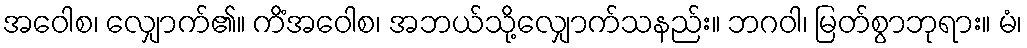
အဝေါစ၊ လျှောက်၏။ ကိံအဝေါစ၊ အဘယ်သို့လျှောက်သနည်း။ ဘဂဝါ၊ မြတ်စွာဘုရား။ မံ၊